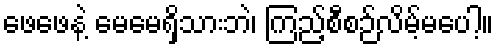
ဖေဖေနဲ့ မေမေရှိသားဘဲ၊ ကြည့်စီစဉ်လိမ့်မပေါ့။